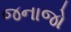
જનાજો